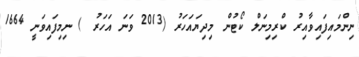
ނިންމައިފައިވާއިރު ކްރިމިނަލް ކޯޓުން މިދިޔައަހަރު (2013 ވަނަ އަހަރު ) ނިމިފައިވަނީ 1664